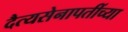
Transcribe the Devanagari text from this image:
दैत्यसेनापतींच्या